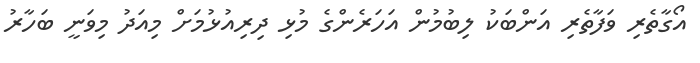
އޯގާތެރި ވަފާތެރި އަންބަކު ލިބުމުން އަހަރެންގެ މުޅި ދިރިއުޅުމަށް މިއަދު މިވަނީ ބަހާރު